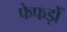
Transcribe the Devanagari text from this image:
फेफड़ोँ